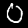
Digit: 0